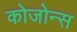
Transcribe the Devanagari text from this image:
कोजोन्स